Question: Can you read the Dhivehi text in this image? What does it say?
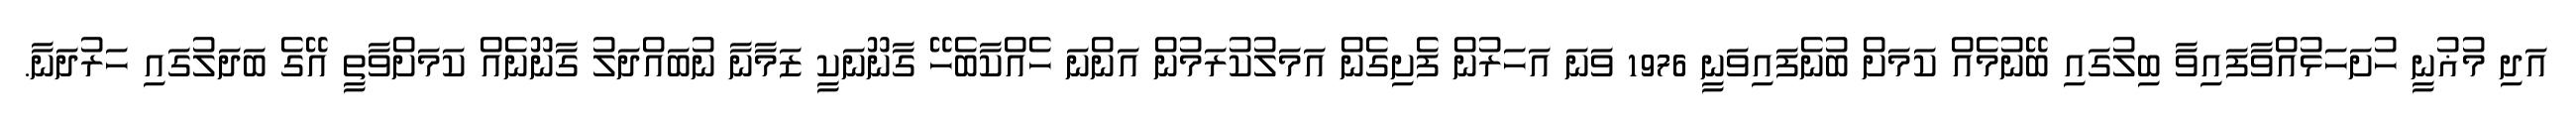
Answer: އަދި މުޣުނީ ހުށަހަޅުއްވާފައިވާ ބިލުގައި ބޭނުމެއް ކަމަށް ބުނެފައިވަނީ 1976 ވަނަ އަހަރުން ފެށިގެން އަމަލުކުރަމުން އަންނަ ހެއްކާބެހޭ ގާނޫނަކީ ޒަމާނާ ނުބައްދަލު ގާނޫނެއް ކަމަށްވާތީ އޭގެ ބަދަލުގައި ހަރުދަނާ.